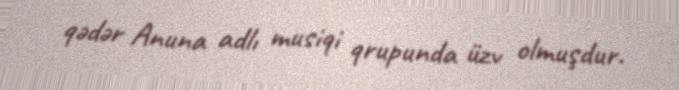
qədər Anuna adlı musiqi qrupunda üzv olmuşdur.